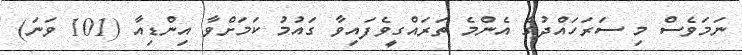
ނަމަވެސް މި ސަރަހައްދުގެ އެންމެ ތަރައްގީވެފައިވާ ގައުމު ކަމަށްވާ އިންޑިއާ (101 ވަނަ)